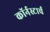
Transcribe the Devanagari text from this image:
कॉर्नस्टार्च